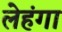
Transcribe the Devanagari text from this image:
लेहंगा